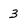
Character: 3